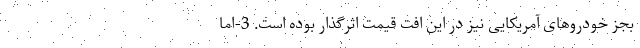
بجز خودروهای آمریکایی نیز در این افت قیمت اثرگذار بوده است. 3-اما